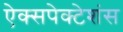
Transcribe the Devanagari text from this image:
ऐक्सपेक्टेशंस